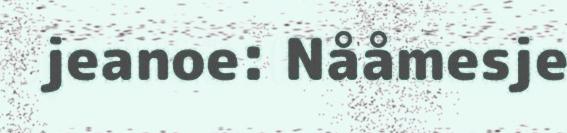
jeanoe: Nååmesje